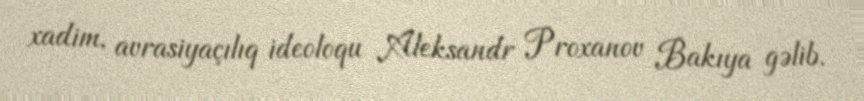
xadim, avrasiyaçılıq ideoloqu Aleksandr Proxanov Bakıya gəlib.